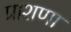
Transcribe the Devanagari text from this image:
प्राशणा